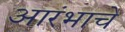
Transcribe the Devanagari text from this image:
आरंभाचे